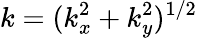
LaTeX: k=(k_{x}^{2}+k_{y}^{2})^{1/2}